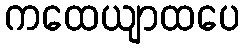
ကထေယျာထပေ